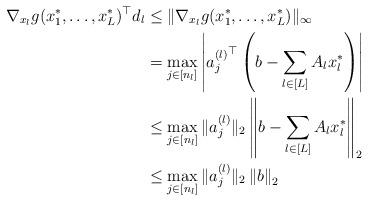
LaTeX: \begin{align*}\nabla_{x_l}g(x_1^*,\ldots,x_L^*)^\top d_l &\le\|\nabla_{x_l}g(x_1^*,\ldots,x_L^*)\|_\infty\\&=\max_{j\in[n_l]}\left|{a_j^{(l)}}^\top\left(b-\sum_{l\in[L]}A_lx_l^*\right)\right|\\&\le\max_{j\in[n_l]}\|a_j^{(l)}\|_2\left\|b-\sum_{l\in[L]}A_lx_l^*\right\|_2\\&\le\max_{j\in[n_l]}\|a_j^{(l)}\|_2\left\|b\right\|_2\end{align*}